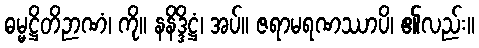
ဓမ္မဋ္ဌိတိဉာဏံ၊ ကို။ နနိဒ္ဒိဋ္ဌံ၊ အပ်။ ဇရာမရဏဿာပိ၊ ၏လည်း။